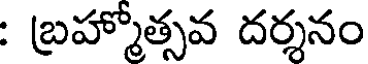
: బ్రహ్మోత్సవ దర్శనం